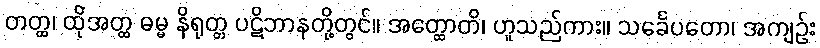
တတ္ထ၊ ထိုအတ္ထ ဓမ္မ နိရုတ္တ ပဋိဘာနတို့တွင်။ အတ္ထောတိ၊ ဟူသည်ကား။ သင်္ခေပတော၊ အကျဉ်း